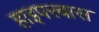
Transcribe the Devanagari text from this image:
हाइपरबास